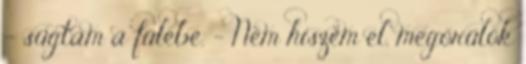
- súgtam a fülébe. - Nem hiszem el, megőrülök